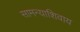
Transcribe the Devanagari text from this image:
सामन्याशिवाय